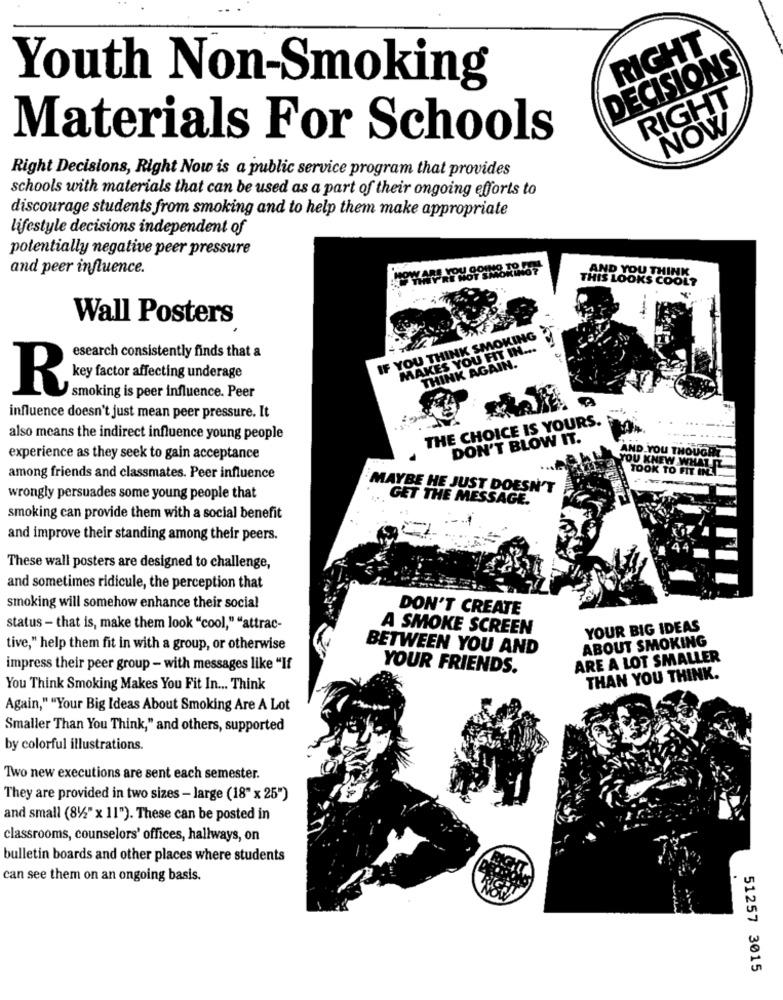
RIGHT
DECISIONS
Youth Non-Smoking
RIGHT
NOW
Materials For Schools
Right Decisions, Right Now is a public service program that provides
schools with materials that can be used as a part of their ongoing efforts to
discourage students from smoking and to help them make appropriate
lifestyle decisions independent of
potentially negative peer pressure
and peer influence.
AND YOU THINK
THIS LOOKS COOL?
Wall Posters
IF YOU THINK SMOKING
MAKES YOU FIT IN ...
esearch consistently finds that a
THINK AGAIN.
key factor affecting underage
R
smoking is peer influence. Peer
influence doesn't just mean peer pressure. It
THE CHOICE IS YOURS.
also means the indirect influence young people
DON'T BLOW IT.
AND YOU THOUGHT
experience as they seek to gain acceptance
OU KNEW WHAT
TOOK TO FIT IN ..
among friends and classmates. Peer influence
MAYBE HE JUST DOESN'T
wrongly persuades some young people that
GET THE MESSAGE.
smoking can provide them with a social benefit
and improve their standing among their peers.
These wall posters are designed to challenge,
and sometimes ridicule, the perception that
smoking will somehow enhance their social
DON'T CREATE
status - that is, make them look "cool," "attrac-
A SMOKE SCREEN
YOUR BIG IDEAS
ABOUT SMOKING
tive," help them fit in with a group, or otherwise
BETWEEN YOU AND
ARE A LOT SMALLER
impress their peer group - with messages like "If
YOUR FRIENDS.
THAN YOU THINK.
You Think Smoking Makes You Fit In ... Think
Again," "Your Big Ideas About Smoking Are A Lot
Smaller Than You Think," and others, supported
by colorful illustrations.
Two new executions are sent each semester.
They are provided in two sizes - large (18" x 25")
and small (812" x 11"). These can be posted in
classrooms, counselors' offices, hallways, on
bulletin boards and other places where students
can see them on an ongoing basis.
51257 3015